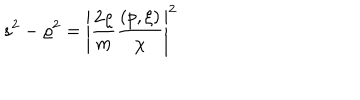
s ^ { 2 } - \varrho ^ { 2 } = \left| \frac { 2 \varrho } { m } \frac { ( p , \xi ) } { \chi } \right| ^ { 2 }